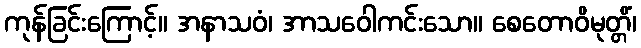
ကုန်ခြင်းကြောင့်။ အနာသဝံ၊ အာသဝေါကင်းသော။ စေတောဝိမုတ္တိံ၊